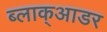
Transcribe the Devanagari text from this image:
ब्लाक्आडर